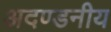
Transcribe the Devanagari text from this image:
अदण्डनीय